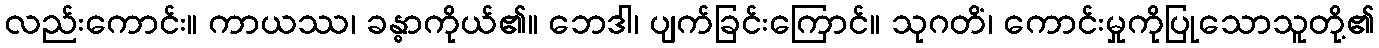
လည်းကောင်း။ ကာယဿ၊ ခန္ဓာကိုယ်၏။ ဘေဒါ၊ ပျက်ခြင်းကြောင်။ သုဂတိံ၊ ကောင်းမှုကိုပြုသောသူတို့၏